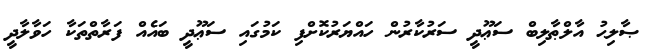
ޞާލިޙު އާލްޠާލިބް ސަޢޫދީ ސަރުކާރުން ހައްޔަރުކޮށްފި ކަމުގައި ސަޢޫދީ ބައެއް ފަރާތްތަކާ ހަވާލާދީ